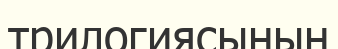
трилогиясының